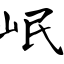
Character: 岷